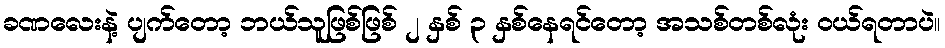
ခဏလေးနဲ့ ပျက်တော့ ဘယ်သူဖြစ်ဖြစ် ၂ နှစ် ၃ နှစ်နေရင်တော့ အသစ်တစ်လုံး ဝယ်ရတာပဲ။